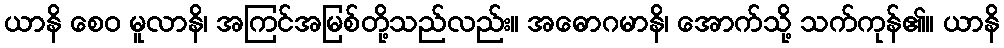
ယာနိ စေဝ မူလာနိ၊ အကြင်အမြစ်တို့သည်လည်း။ အဓောဂမာနိ၊ အောက်သို့ သက်ကုန်၏။ ယာနိ